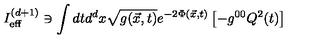
I _ { \mathrm { e f f } } ^ { ( d + 1 ) } \ni \int d t d ^ { d } x \sqrt { g ( \vec { x } , t ) } e ^ { - 2 \Phi ( { \vec { x } } , t ) } \left[ - g ^ { 0 0 } Q ^ { 2 } ( t ) \right]